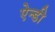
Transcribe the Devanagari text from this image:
ऐन्डी